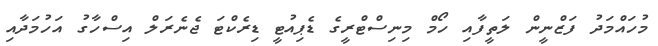
މުހައްމަދު ފަޒްނީން ލަތީފާއި ހޯމް މިނިސްޓްރީގެ ޑެޕިއުޓީ ޑިރެކްޓަ ޖެނެރަލް އިސްހާގު އަހުމަދާއި